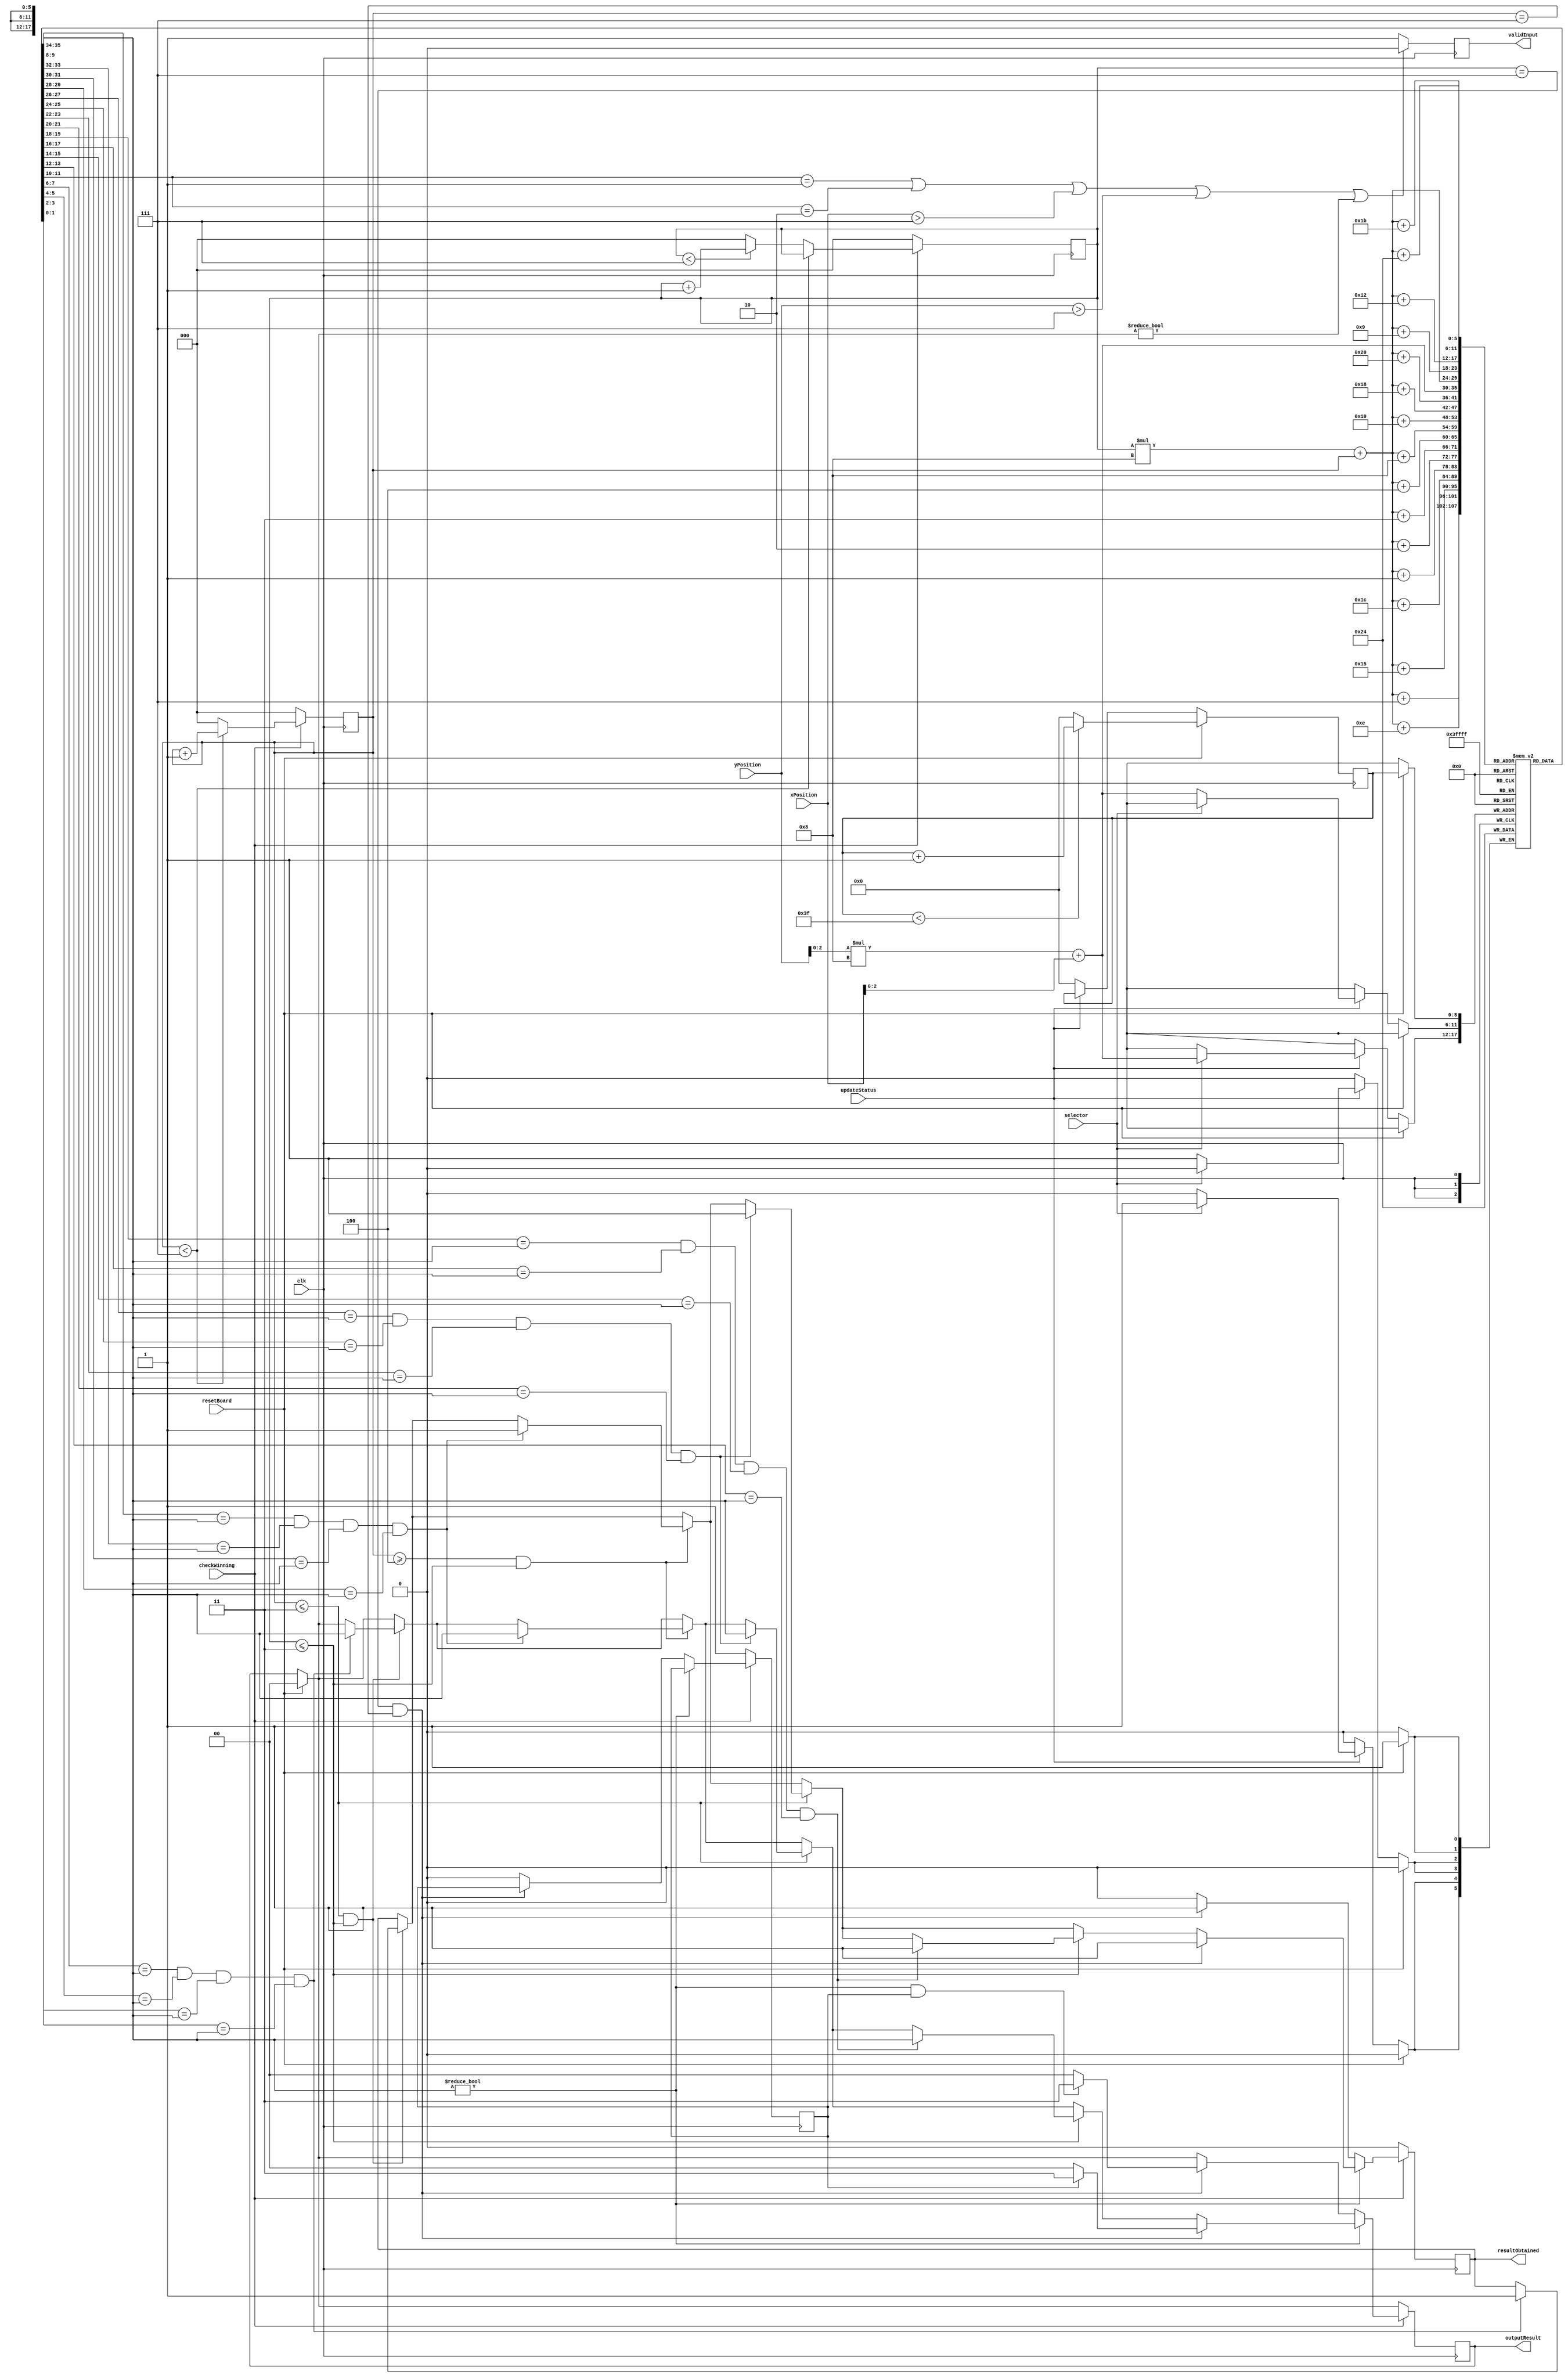
module checkWinAIMode(
	input clk,
	input updateStatus,
	input checkWinning,
	input resetBoard,
	input selector,
	input [3:0] xPosition,
	input [3:0] yPosition,
	
	output reg resultObtained,
	output reg validInput,
	output [1:0] outputResult
);
	reg tie = 1'b1;
	reg [1:0] result;
	assign outputResult = result;
	reg [5:0] address;
	reg [1:0] boardState [63:0];
	reg [2:0] x, y;
	reg [5:0] i;

	
	
	always @(posedge clk)
	
			if (resetBoard == 1) 
				begin
					//reset the board to represent an empty board
					if (i < 63)
						i <= i + 1;
					else
						i <= 0;
					boardState[i] = 2'b00;

				end
						
					
			else if (updateStatus == 1)
				begin
					address = yPosition[2:0]*8 + xPosition[2:0];
					if (selector == 0)
						boardState[address] = 2'd1;  //represents black
					else
						boardState[address] = 2'd2;  //represents white
					
				end
			else
				i <= 0;
				
				
	reg [5:0] validAddress;
	reg [5:0] currentAddress;
	reg [1:0] currentColour;
	always @(posedge clk)
	
		begin
			//this segments checks if an input is valid, ie is written on a fresh block
			
			if (resetBoard == 1)
				result = 0;
				
			validAddress = yPosition[2:0]*8 + xPosition[2:0];
			if(boardState[validAddress] == 2'd1 || boardState[validAddress] == 2'd2 || xPosition > 7 || yPosition > 7 || result != 0)	
				validInput = 0;
			else
				validInput = 1;
				
				
			
			if (checkWinning == 1)
				begin
					
					if (x < 7)
						x <= x + 1;
					else if (y < 7)
						begin
							y <= y + 1;
							x <= 0;
						end
					else
						begin
							x <= 0;
							y <= 0;
						end
						
					currentAddress = y*8 + x;
					currentColour = boardState[currentAddress]; //1: black; 2: white;
					
					if (currentColour != 2'b00)
						begin

							if (x <= 3 && y <= 3) 
								begin
									//check diagonally across, from top left to bottom right
									if (boardState[currentAddress + 6'd9] == currentColour &&
										boardState[currentAddress + 6'd18] == currentColour &&
										boardState[currentAddress + 6'd27] == currentColour &&
										boardState[currentAddress + 6'd36] == currentColour)
											begin
												resultObtained = 1;
												result = currentColour;
											end
								end
											
							if (x >= 4 && y <= 3) 
								begin
									//check diagonally across, from top right to bottom left
									if (boardState[currentAddress + 6'd7] == currentColour &&
										boardState[currentAddress + 6'd14] == currentColour &&
										boardState[currentAddress + 6'd21] == currentColour &&
										boardState[currentAddress + 6'd28] == currentColour)
											begin
												resultObtained = 1;
												result = currentColour;
											end
								end
							
							if (x <= 3) 
							
								begin
									//check horizontally across
									if (boardState[currentAddress + 6'd1] == currentColour &&
										boardState[currentAddress + 6'd2] == currentColour &&
										boardState[currentAddress + 6'd3] == currentColour &&
										boardState[currentAddress + 6'd4] == currentColour) 
											//win
											begin
												resultObtained = 1;
												result = currentColour;
											end
								end
							
							if (y <= 3) 
							
								begin
									//check vertically
									if (boardState[currentAddress + 6'd8] == currentColour &&
										boardState[currentAddress + 6'd16] == currentColour &&
										boardState[currentAddress + 6'd24] == currentColour &&
										boardState[currentAddress + 6'd32] == currentColour)
											//win
											begin
												resultObtained = 1;
												result = currentColour;
											end
								end
							if (y == 7 && x == 7)
								begin
									resultObtained = 1;
									if(tie == 1)
										result = 3;
									else 
										result = 0;
								end

						end
						
					else if (y == 7 && x == 7)
						begin
							resultObtained = 1;
							if (currentColour != 0 && tie == 1)
								result = 3;
							else
								result = 0;
						end
						
					else
						begin
							resultObtained = 0;
							tie = 0;
						end
				end
				
			else
				begin
					resultObtained = 0;
					tie = 1;
					x <= 0;
					y <= 0;
				end
			
		end
	
endmodule